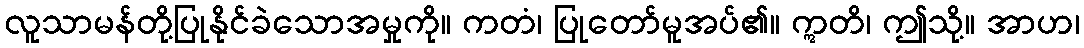
လူသာမန်တို့ပြုနိုင်ခဲသောအမှုကို။ ကတံ၊ ပြုတော်မူအပ်၏။ ဣတိ၊ ဤသို့။ အာဟ၊